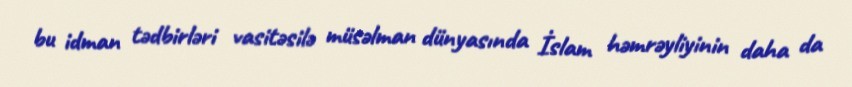
bu idman tədbirləri vasitəsilə müsəlman dünyasında İslam həmrəyliyinin daha da